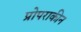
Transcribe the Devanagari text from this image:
प्रोपराकीन